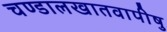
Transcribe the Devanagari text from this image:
चण्डालखातवापीषु